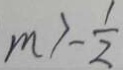
m > \frac { 1 } { 2 }